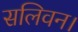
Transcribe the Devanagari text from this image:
सलिवन।